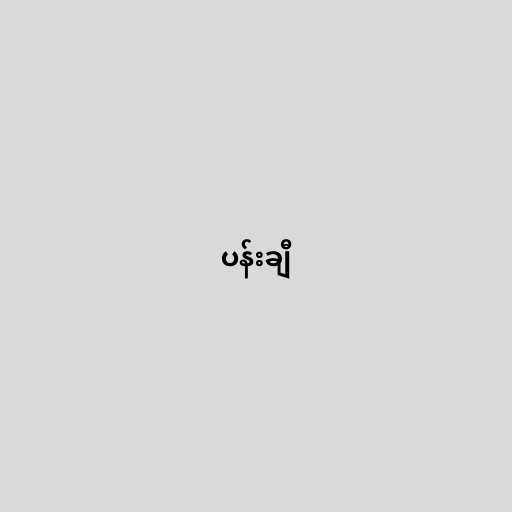
ပန်းချီ